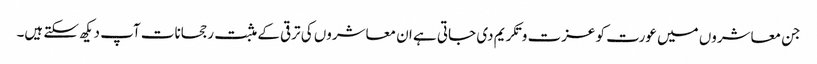
جن معاشروں میں عورت کو عزت و تکریم دی جاتی ہے ان معاشروں کی ترقی کے مثبت رجحانات آپ دیکھ سکتے ہیں۔